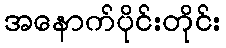
အနောက်ပိုင်းတိုင်း